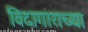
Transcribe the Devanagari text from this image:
विदागाराच्या